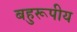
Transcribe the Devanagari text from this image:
बहुरूपीय